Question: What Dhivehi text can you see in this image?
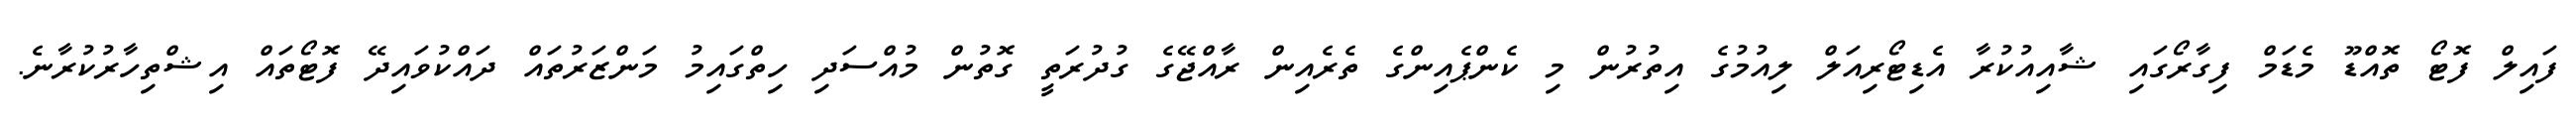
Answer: ފައިލް ފޮޓޯ ތޮއްޑޫ މެޑަމް ފިގާރޯގައި ޝާއިއުކުރާ އެޑިޓޯރިއަލް ލިއުމުގެ އިތުރުން މި ކެންޕެއިންގެ ތެރެއިން ރާއްޖޭގެ ގުދުރަތީ ގޮތުން މުއްސަދި ހިތްގައިމު މަންޒަރުތައް ދައްކުވައިދޭ ފޮޓޯތައް އިޝްތިހާރުކުރާނެ.